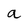
Character: a